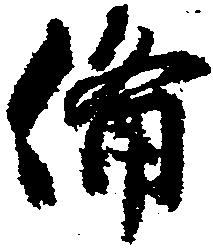
備